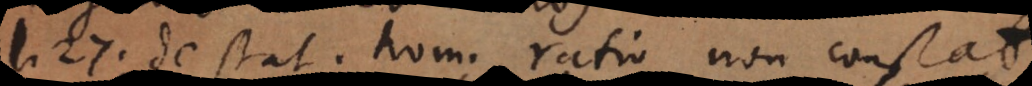
L. 27 de statu hominum ratio non constat